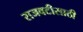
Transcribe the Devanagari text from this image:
राजवटीसाठी